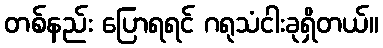
တစ်နည်း ပြောရရင် ဂရုသံငါးခုရှိတယ်။